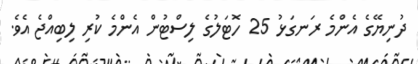
ދުނިޔޭގެ އެންމެ ރަނގަޅު 25 ހޮޓަލުގެ ލިސްޓުން އެންމެ ކުރި ލިބިއްޖެ އެވެ.